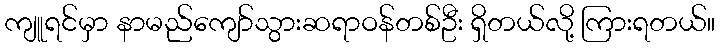
ကျူရင်မှာ နာမည်ကျော်သွားဆရာဝန်တစ်ဦး ရှိတယ်လို့ ကြားရတယ်။